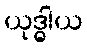
ယုဒ္ဓါယ